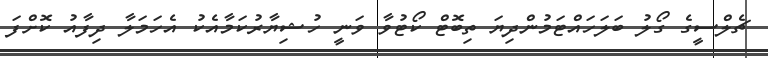
ޗެލްސީގެ ގޯލު ބަލަހައްޓަމުންދިޔަ ތިބޮޓް ކޯޓުވާ ވަނީ ހުޝިޔާރުކަމާއެކު އެހަމަލާ ދިފާއު ކޮށްފަ